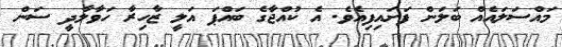
މައްސަލައެއް ބަލަން ފަށައިފިއެވެ. އެ ކުއްޖާގެ ބައްޕަ އަލީ ޒާހިރާ ހަވާލާދީ ސަން